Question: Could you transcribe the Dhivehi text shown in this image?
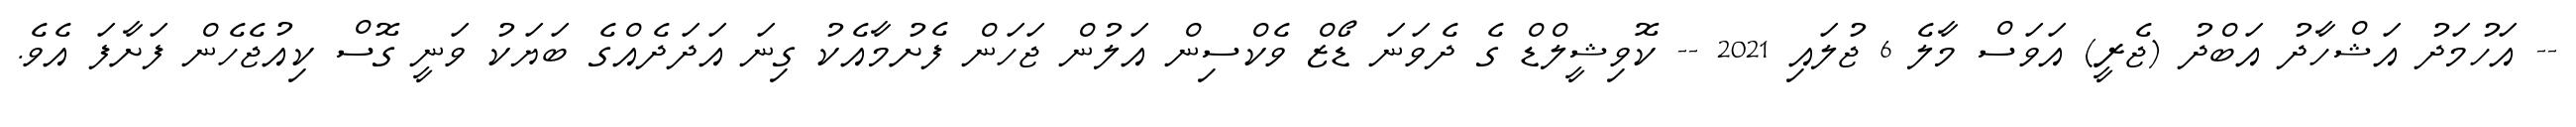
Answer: -- އަހުމަދު އަޝްހާދު އަބްދު (ޖެރީ) އަވަސް މާލެ 6 ޖުލައި 2021 -- ކޮވިޝީލްޑް ގެ ދެވަނަ ޑޯޒް ވެކްސިން އަލުން ޖަހަން ފެށުމާއެކު ގިނަ އަދަދެއްގެ ބަޔަކު ވަނީ ގޮސް ކިއުޖެހެން ފަށާފަ އެވެ.